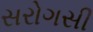
સરોગસી